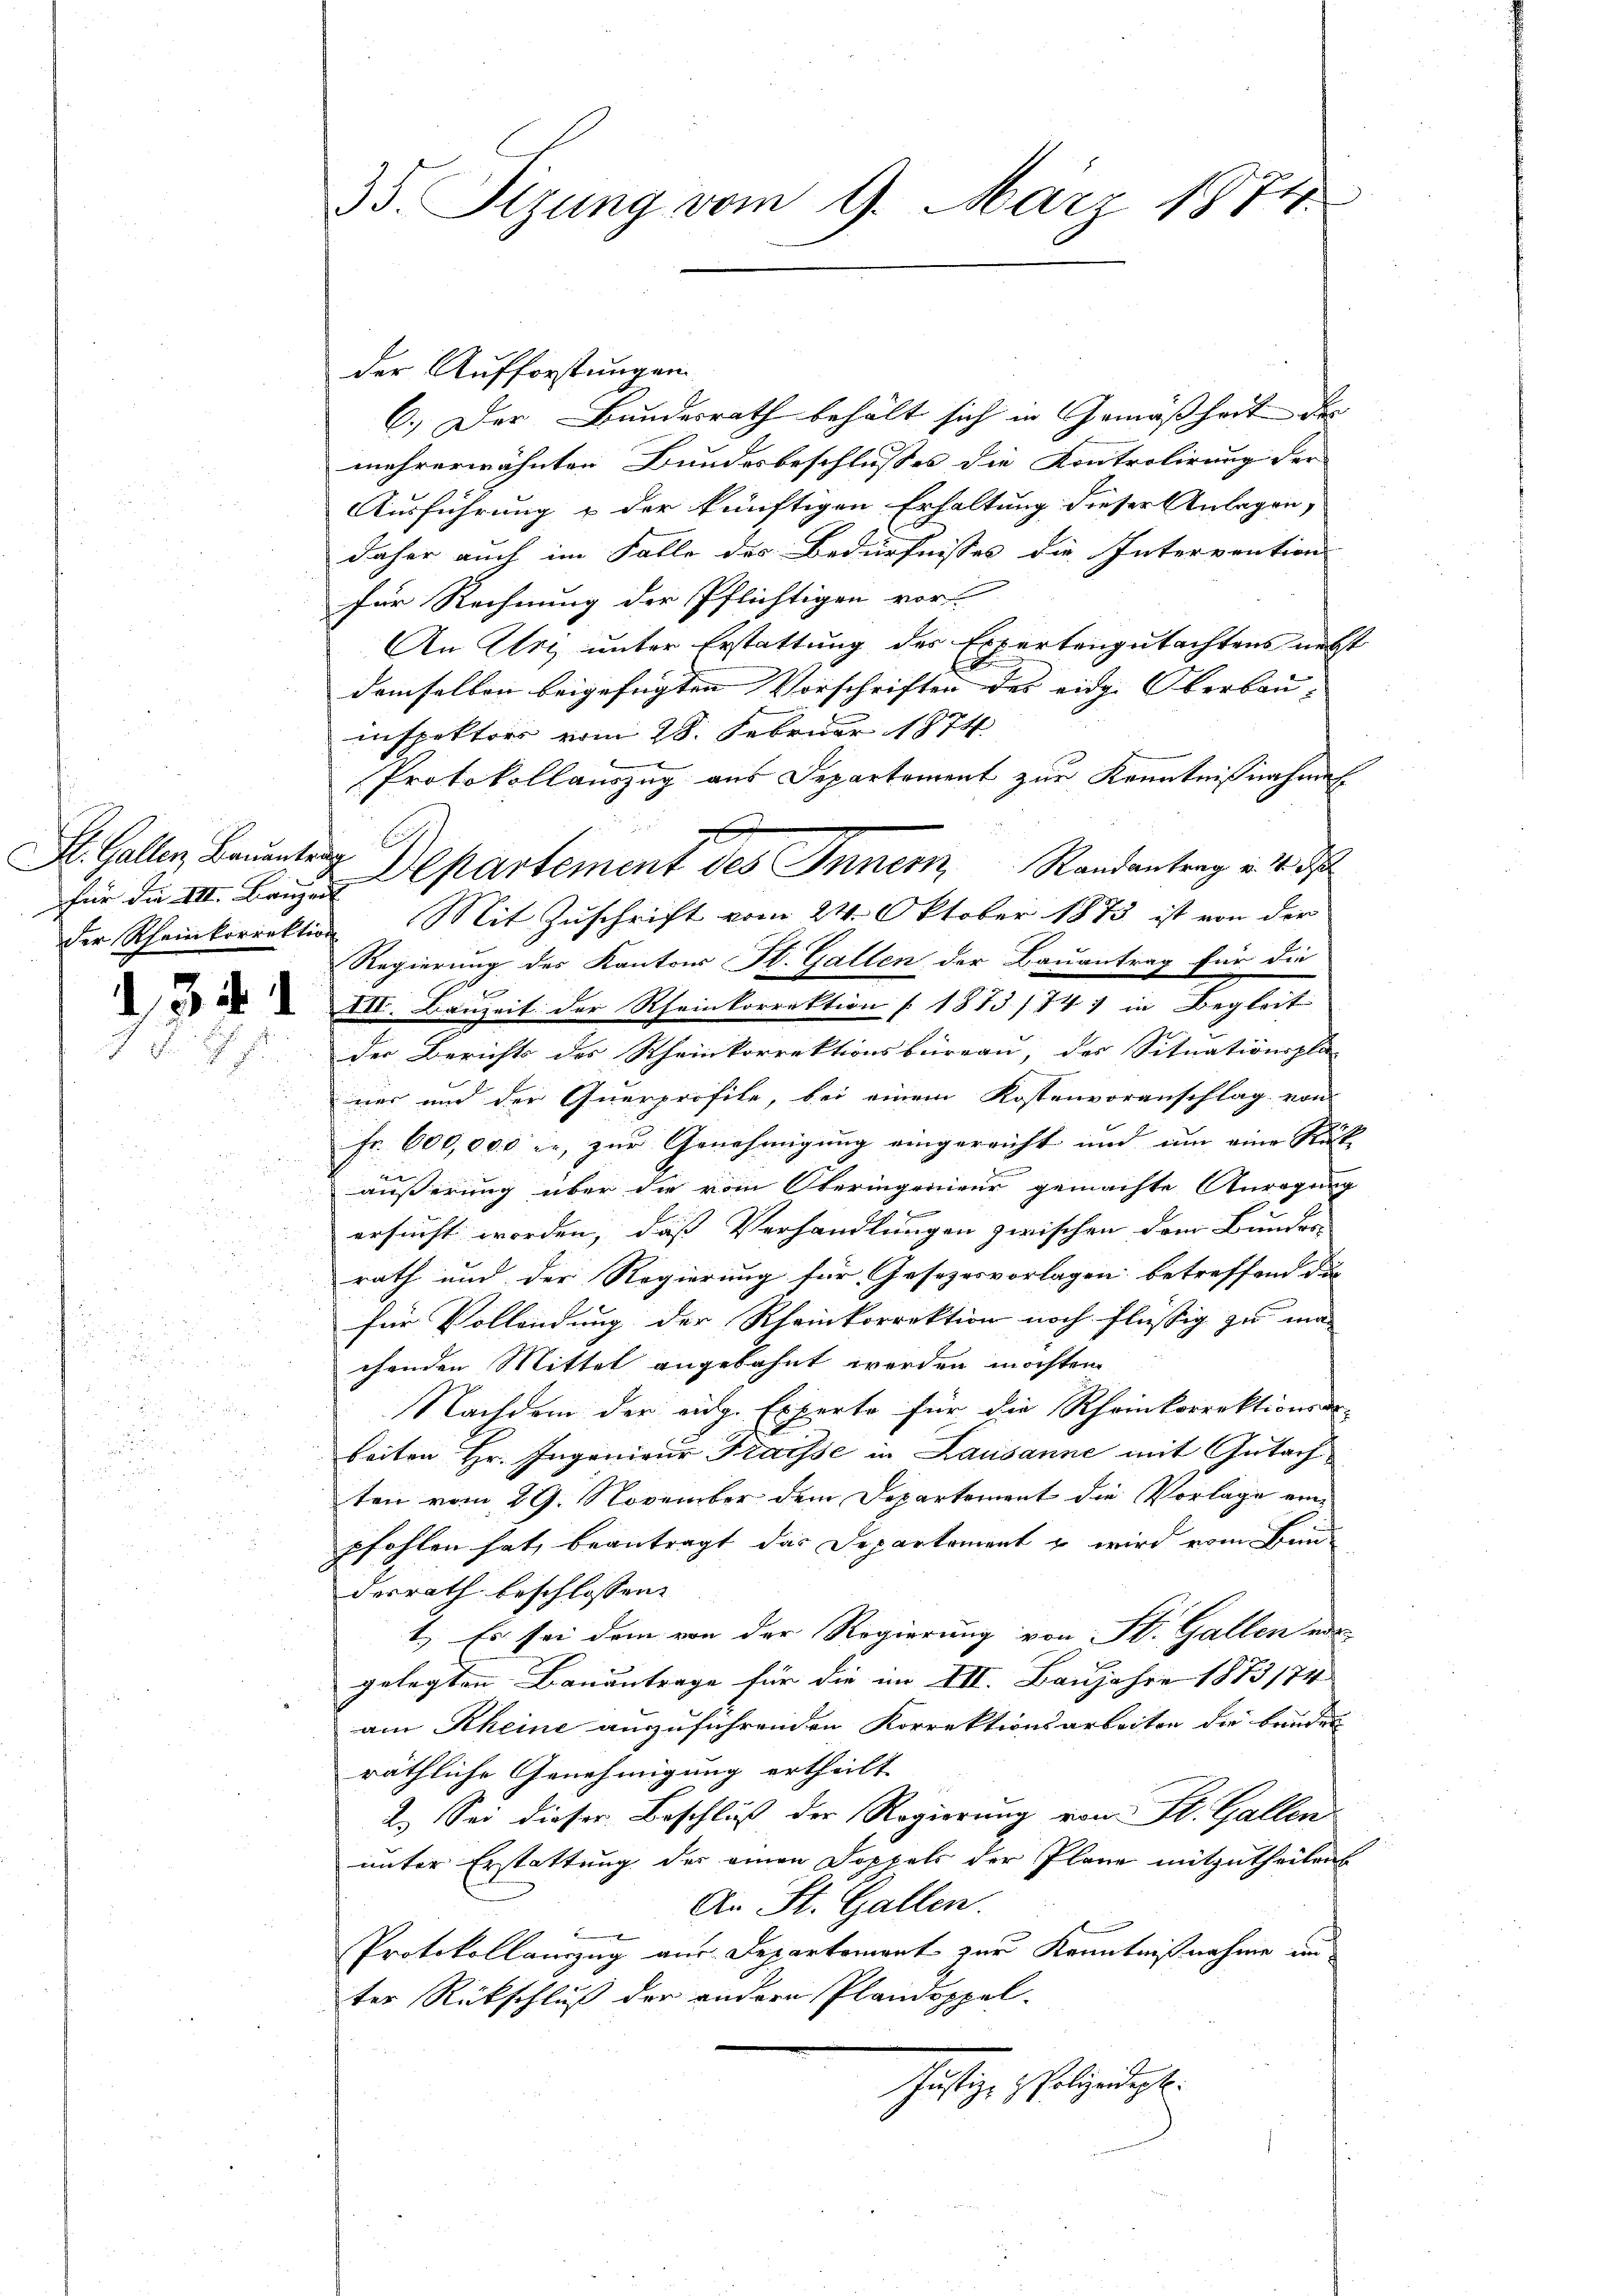
für die VIII. Bauzeit

d3

35. Sitzung vom 9. März 1874.

der Aufforstungen
C.) Der Bundesrath behält sich in Gemässheit der |
mehrerwähnten Bundesbeschlusses die Kontrolirung der |
Ausführung & der künftigen Erhaltung dieser Anlagen,
daher auch im Falle des Bedürfnisses die Intervention
für Rechnung der Pflichtigen vor
An Uri unter Erstattung des Expertengutachtens nebst
demselben beigefügten Vorschriften des eidg. Oberbau- |
inspektors vom 28. Februar 1874
Protokollauszug aus Departement zur Kenntnißnahmen
der Rheinkorrektion Mit Zuschrift vom 24. Oktober 1873 ist von der
Regierung des Kantons St. Gallen der Bauantrag für die
XII. Bauzeit der Rheinkorrektion (1873/74 in Begleit
der Berichts des Rheinkorrektionsbüreau, des Situationspla-
ner und der Querprofite, bei einem Kostenvoranschlag von
Fr. 600,000 er, zur Genehmigung eingereicht und um eine Rück-
äußerung über die vom Oberingenieur gemachte Anregung
.
ersucht worden, das Verhandlungen zwischen dem Bunder
rath und der Regierung für Gesezesvorlagen betreffend die
für Vollendung der Rheinkorrektion noch flüssig zu ma
chenden Mittel angebahnt werden möchten.
Nachdem der eidg. Experte für die Rheinkorrektionsar-
beiten Hr. Ingenieur Kraisse in Lausanne mit Gutachten vom 29. November dem Departement die Vorlage eine
pfohlen hat, beantragt das Departement u wird vom Bein
derrath beschlossen:
1.) Es sei dem von der Regierung von St. Gallen ein
gelegten Bauantrage für die im III. Baujahre 1873/74
am Rheine auszuführenden Korrektionsarbeiten die bunden
räthliche Genehmigung ertheilt
2.) Sei dieser Beschluß der Regierung von St. Gallen
unter Erstattung des einen Doppels der Plane mitzutheilen
An St. Gallen.
Protokollauszug aus Departement zur Kenntnißnahme im
ter Rückschluß der andere Plandoppel-
schäftige Polizeidigt.

St. Gallen, Bauenten Departement des Innern Randantrag v. 4.